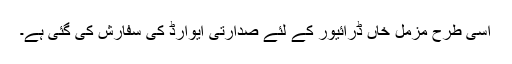
اسی طرح مزمل خاں ڈرائیور کے لئے صدارتی ایوارڈ کی سفارش کی گئی ہے۔